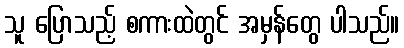
သူ ပြောသည့် စကားထဲတွင် အမှန်တွေ ပါသည်။